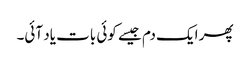
پھر ایک دم جیسے کوئی بات یاد آئی۔